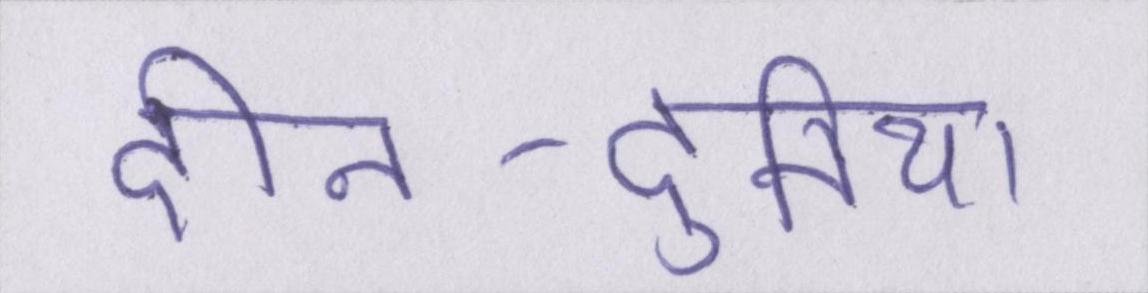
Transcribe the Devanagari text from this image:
दीन-दुनिया